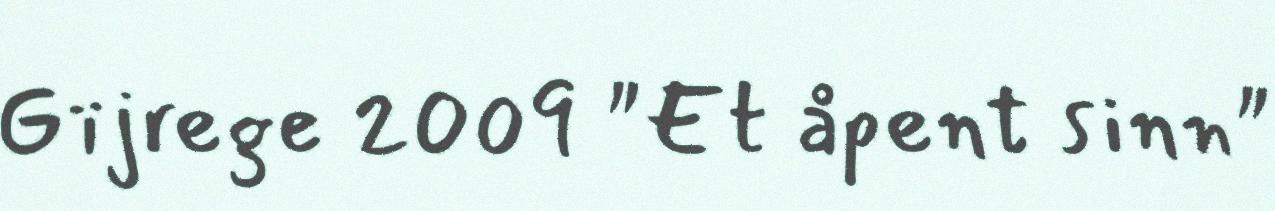
Gïjrege 2009 "Et åpent sinn"